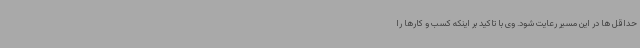
حداقل ها در این مسیر رعایت شود. وی با تاکید بر اینکه کسب و کارها را